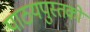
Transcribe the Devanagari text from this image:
पाठयपुस्तको